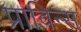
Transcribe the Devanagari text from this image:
प्राविन्स